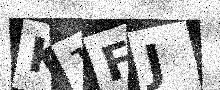
Text: K1FJ